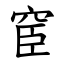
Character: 䆠